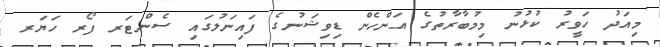
މިއަދު ހަވީރު ކުޅުނު މިމުބާރާތުގެ އަންހެން ޑިވިޝަނުގެ ފައިނަލުގައި ސެންޓަރ ފޯރ ހަޔަރ